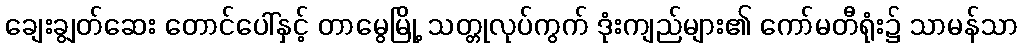
ချေးချွတ်ဆေး တောင်ပေါ်နှင့် တာမွေမြို့ သတ္တုလုပ်ကွက် ဒုံးကျည်များ၏ ကော်မတီရုံး၌ သာမန်သာ